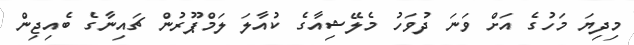
މިދިޔަ މަހުގެ އަށް ވަނަ ދުވަހު މެލޭޝިއާގެ ކުއާލަ ލަމްޕޫރުން ޗައިނާގެ ބެއިޖިން